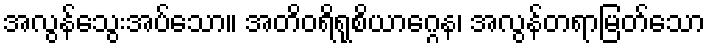
အလွန်သွေးအပ်သော။ အတိဝရိရုစိယာဂ္ဂေန၊ အလွန်တရာမြတ်သော